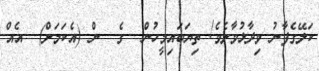
ކަލޭގެފާނު ވިދާޅުވާށެވެ! ތިޔަބައިމީހުން  ގެ  ން (އެކަމަށް)  އެއް